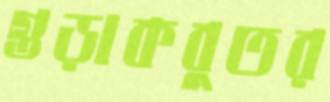
গুড়াকবুতর